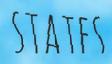
STATES